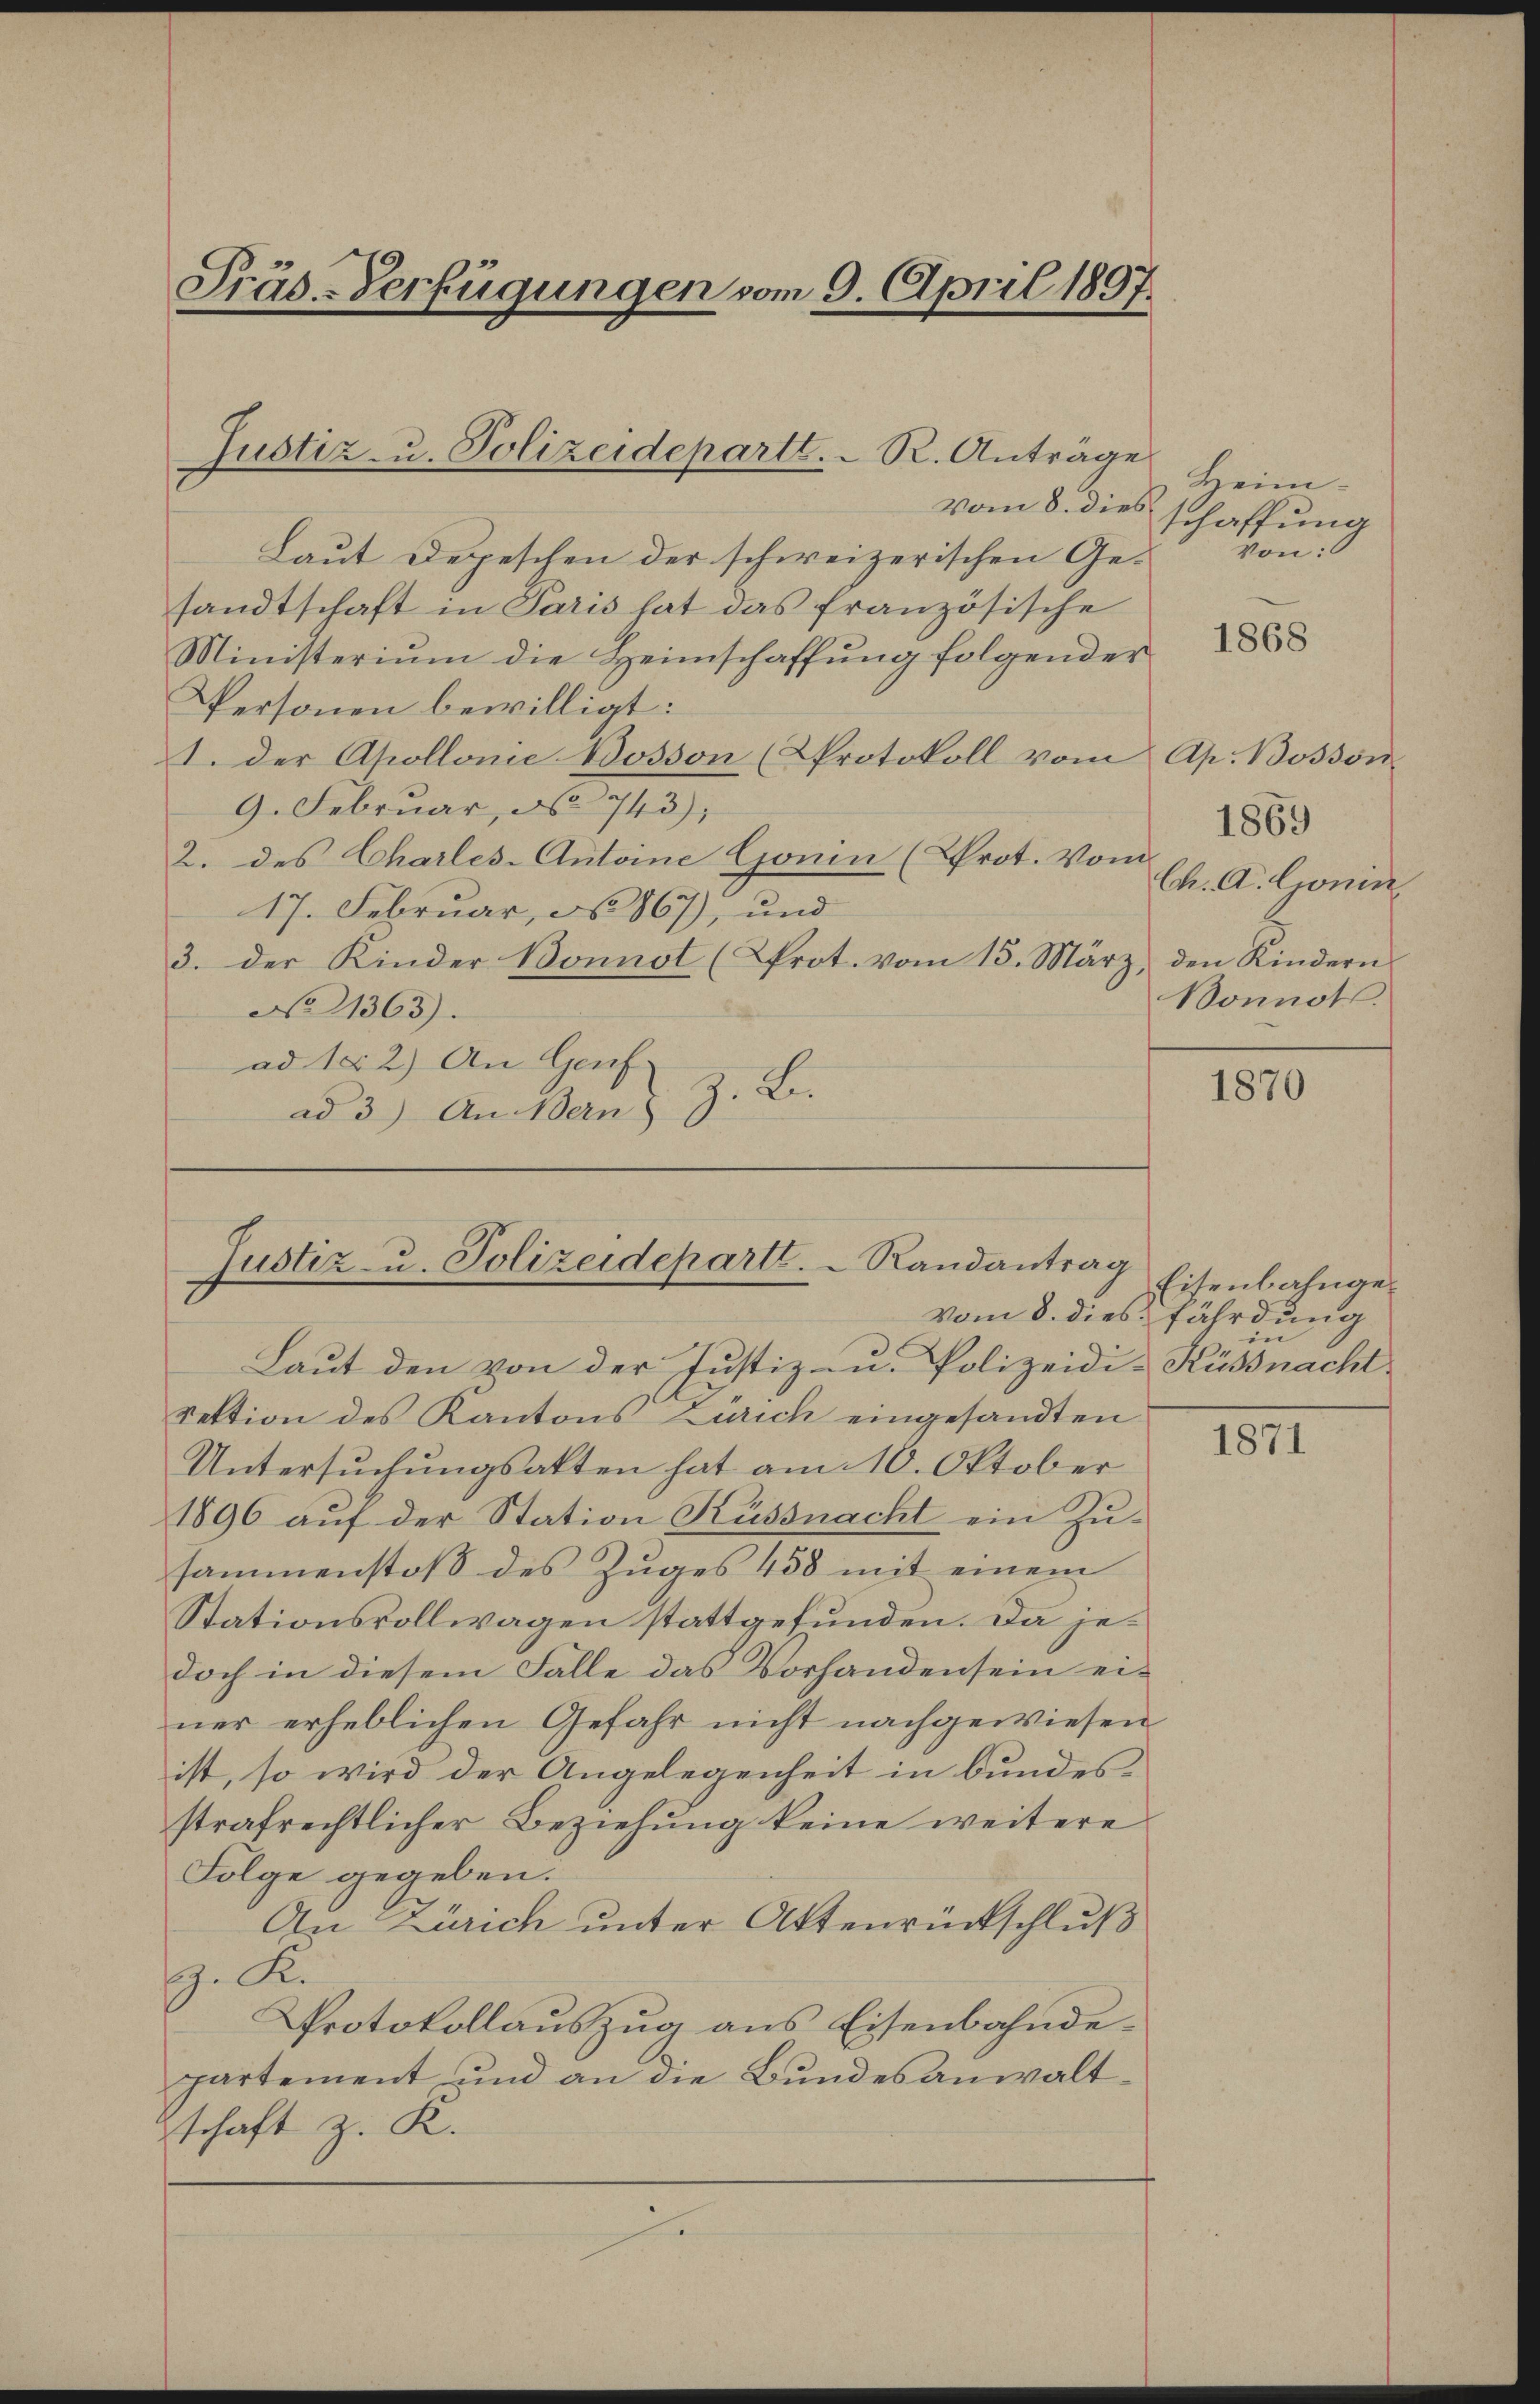
Präs.-Verfügungen vom 9. April 1897.

vom 8. dies
Laut Depeschen der schweizerischen Gesandtschaft in Paris hat das französische
Ministerium die Heimschaffung folgender
Personen bewilligt:
1. Der Apollone Bosson (Protokoll vom Ap. Bosson
9. Februar, No 743),
2. des Charles-Antoine Gonin (Prot. Vom
17. Februar, No 867), und
3. der Kinder Bonnot (Prot. vom 15. März, den Kindern
No 21363).
ad 152) An Genf
J. Bi
ad 3) An Bern

Justiz- u. Polizeidepartl. R. Anträge

Justiz- u. Polizeideparte.   Randantrag

Laut den von der Justiz- u. Polizeidi-Küssnacht
Sektion des Kantons Zürich eingesandten
Untersŭchŭngsakten hat am 10. Oktober
1896 auf der Station Küssnacht ein Zusammenstoß des Zuges 458 mit einem
Stationsvollwagen stattgefunden. Da jedoch in diesem Fälle das Vorhanden sein einer erheblichen Gefahr nicht nachgewiesen
ist, so wird der Angelegenheit in bundes.
strafrechtlicher Beziehung keine weitere
Folge gegeben.
An Zürich unter Attenrückschluß
. K.
Protokollauszug aus Eisenbahndepartement und an die Bundesanwaltschaft z. K.
x

Heimschaffung
von:

1868

1869
Ch. A. Gonin
Bonnots.

1870

Eisenbahngevom 8. dies fährdung
in

1871